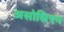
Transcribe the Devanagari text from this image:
असोसिएन